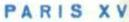
PARIS XV